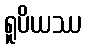
ရူပိယဿ